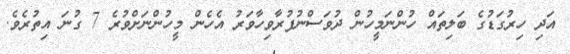
އަދި ހިރުގަޑުގެ ބަލިތައް ހުންނަމީހުން ދުވަސްނުފުރާވިހާވަރު އެހެން މީހުންނަށްވުރެ 7 ގުނަ އިތުރެވެ.